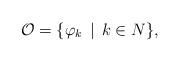
LaTeX: \begin{align*}\mathcal{O}=\{\varphi_{k}\,\mid\,k\in N\},\end{align*}